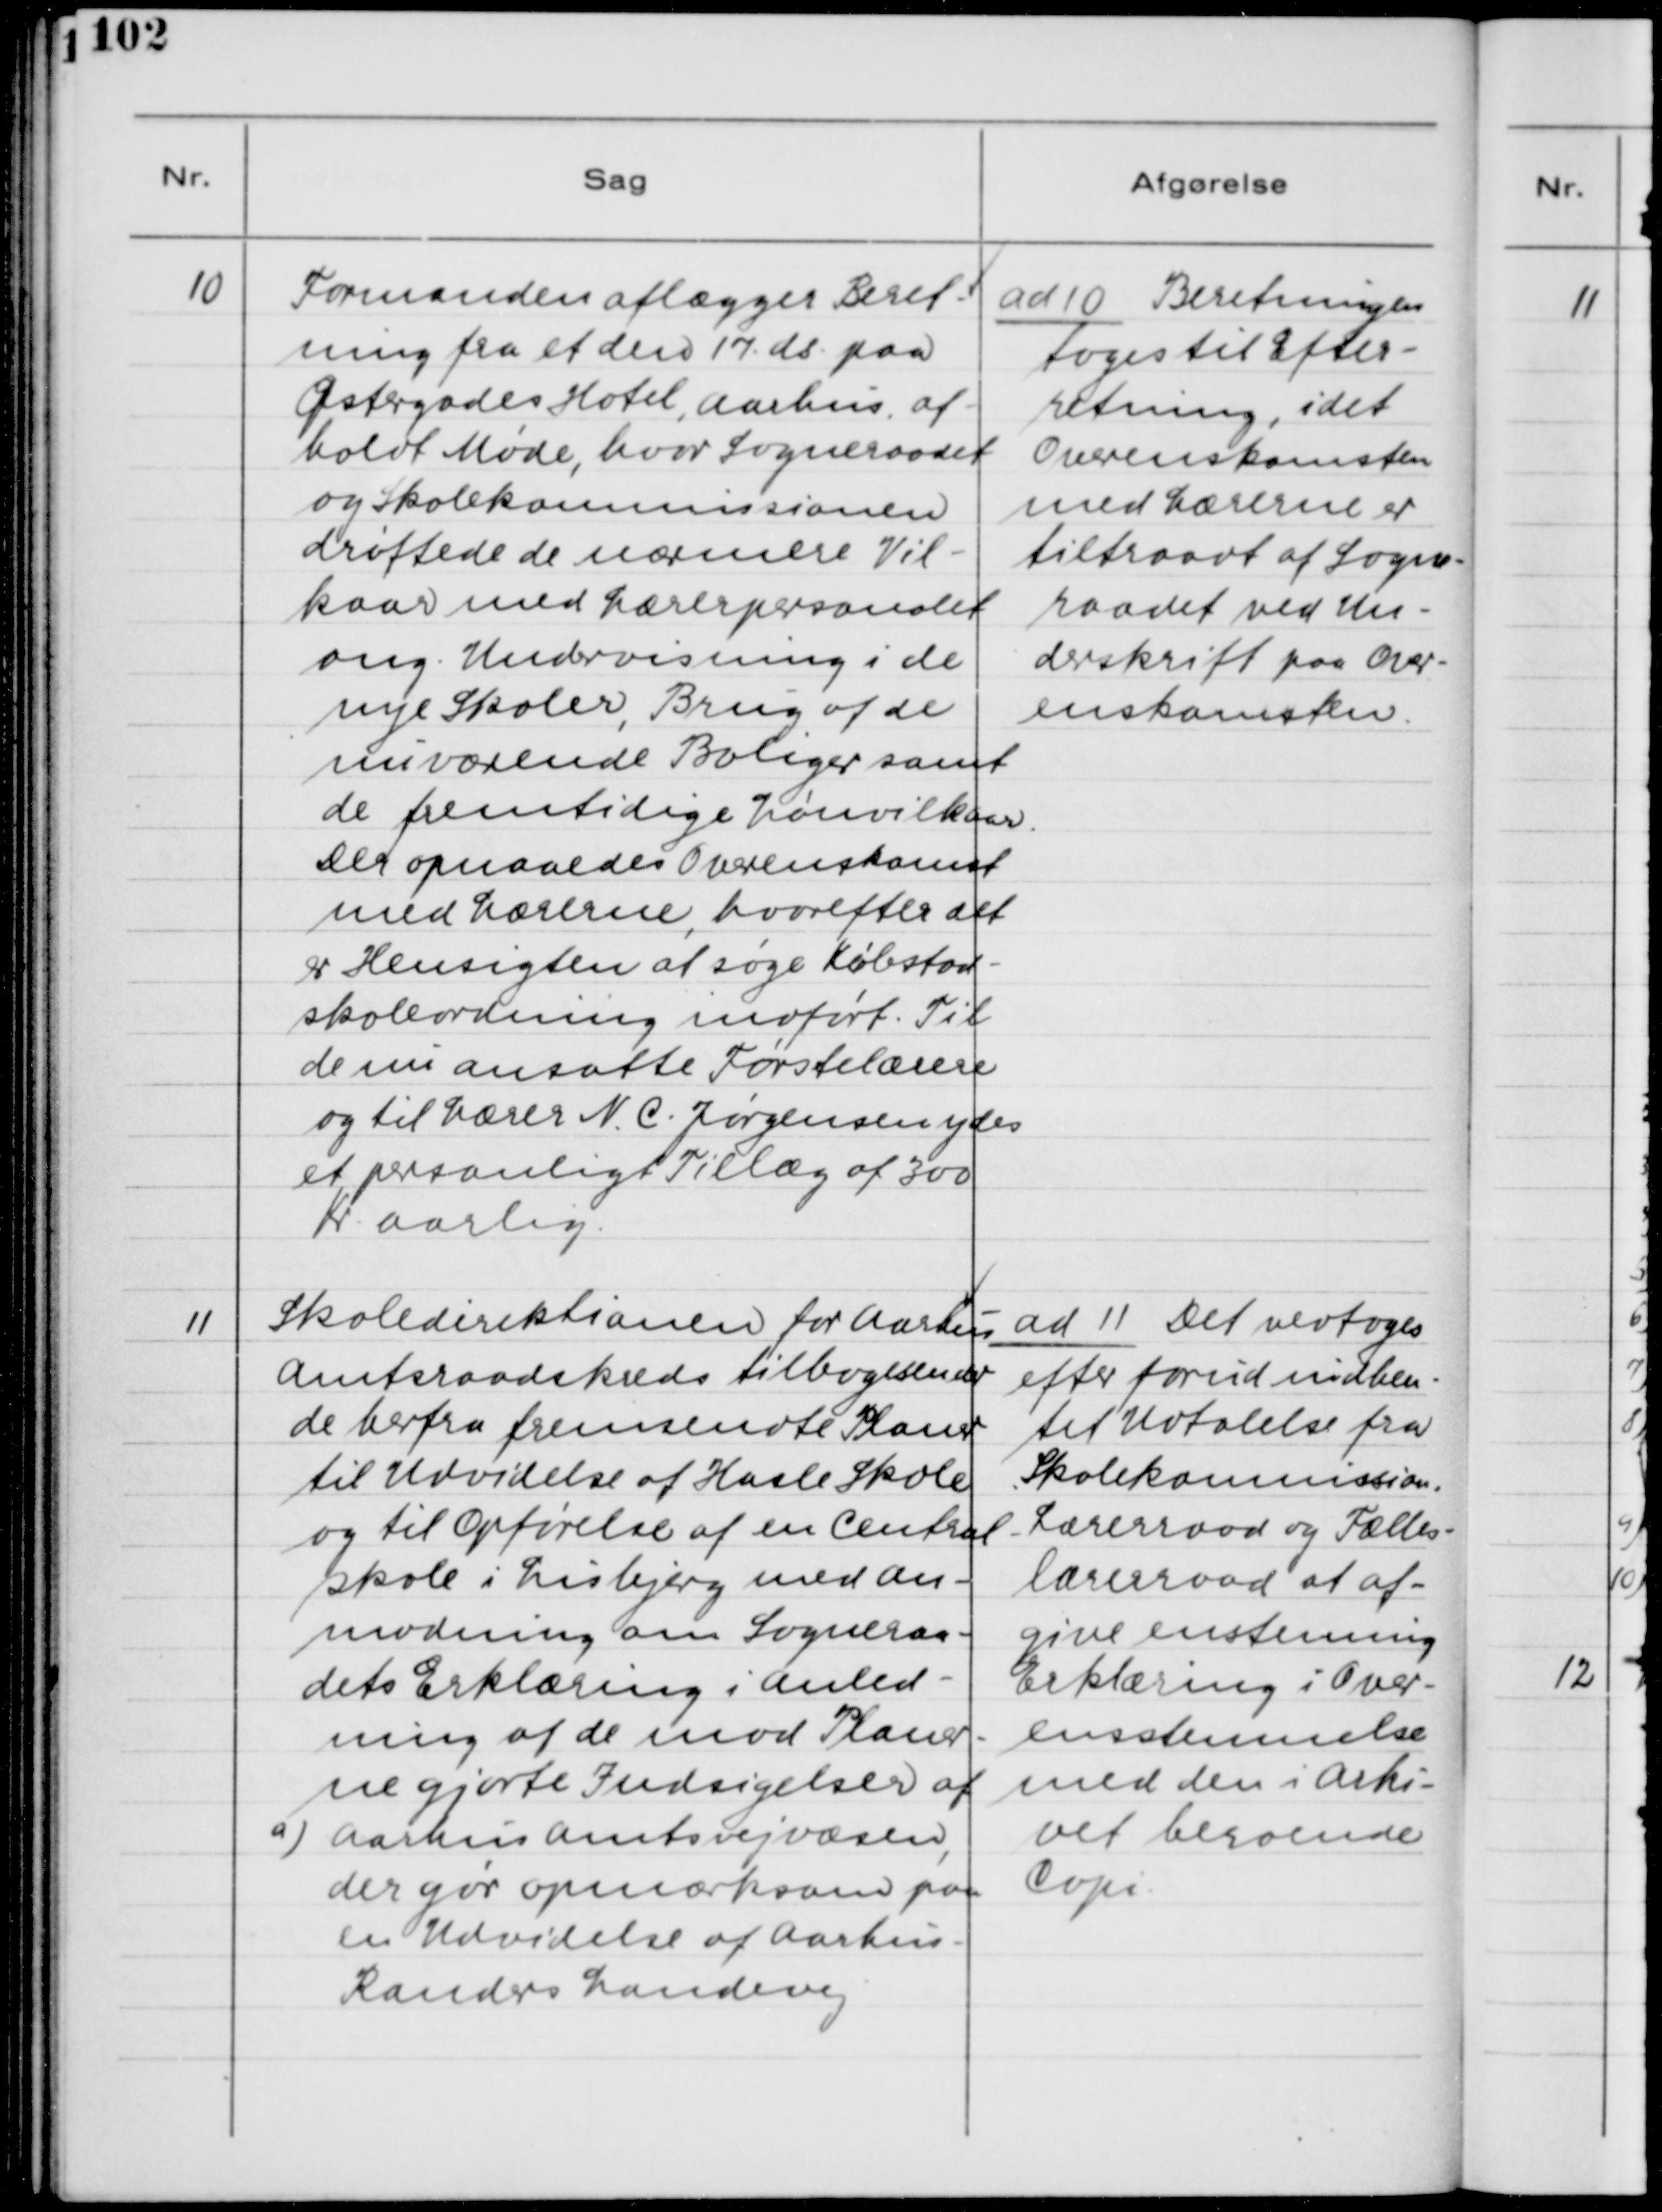
Transskription:
10. Formanden aflægger Beret-
ning fra et den 17. ds. paa
Østergades Hotel, Aarhus af-
holdt Møde, hvori Sogneraadet
og Skolekommissionen
drøftede de nærmere Vil-
kaar med Lærerpersonalet
ang. Undervisning i de
nye Skoler, Brug af de
nuværende Boliger samt
de fremtidige Lønvilkaar.
Der opnaaedes Overenskomst
med Lærerne, hvorefter det
er Hensigten at søge Købstad-
skoleordning indført. Til
de nu ansatte Førstelærere
og til Lærer N. C. Jørgensen ydes
et personligt Tillæg af 300
Kr. aarlig.

ad 10. Beretningen
toges til Efter-
retning, idet
Overenskomsten
med Lærerne er
tiltraadt af Sogne-
raadet ved Un-
derskrift paa Over-
enskomsten.

11. Skoledirektionen for Aarhus
Amtsraadskreds tilbagesender
de herfra fremsendte Planer
til Udvidelse af Hasle Skole
og til Opførelse af en Central-
skole i Lisbjerg med An-
modning om Sogneraa-
dets Erklæring i Anled-
ning af de mod Planer-
ne gjorte Indsigelser af
a) Aarhus Amtsvejvæsen,
der gør opmærksom paa
en Udvidelse af Aarhus
Randers Landevej.

ad 11. Det vedtoges
efter forud indhen-
tet Udtalelse fra
Skolekommission,
Lærerraad og Fælles-
lærerraad at af-
give enstemmig
Erklæring i Over-
ensstemmelse
med den i Arki-
vet beroende
Copi.